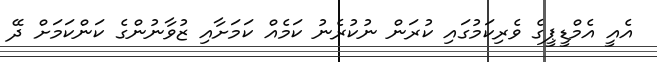
އެއީ އެމްޑީޕީގެ ވެރިކަމުގައި ކުރަން ނުކުރެނު ކަމެއް ކަމަށާއި ޒުވާނުންގެ ކަންކަމަށް ދޭ